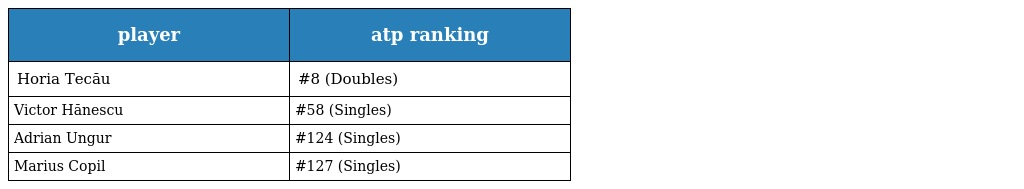
| player | atp ranking |
 | --- | --- |
 | Horia Tecău | #8 (Doubles) |
 | Victor Hănescu | #58 (Singles) |
 | Adrian Ungur | #124 (Singles) |
 | Marius Copil | #127 (Singles) |